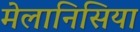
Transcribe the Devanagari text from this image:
मेलानिसिया